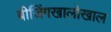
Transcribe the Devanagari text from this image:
बीजिंगखालोखाल